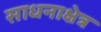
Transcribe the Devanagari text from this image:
साधनाक्षेत्र